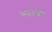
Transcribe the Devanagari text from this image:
मंग्रालो